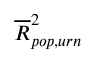
\overline { { R } } _ { p o p , u r n } ^ { 2 }